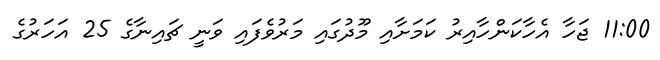
11:00 ޖަހާ އެހާކަންހާއިރު ކަމަށާއި މޫދުގައި މަރުވެފައި ވަނީ ޗައިނާގެ 25 އަހަރުގެ